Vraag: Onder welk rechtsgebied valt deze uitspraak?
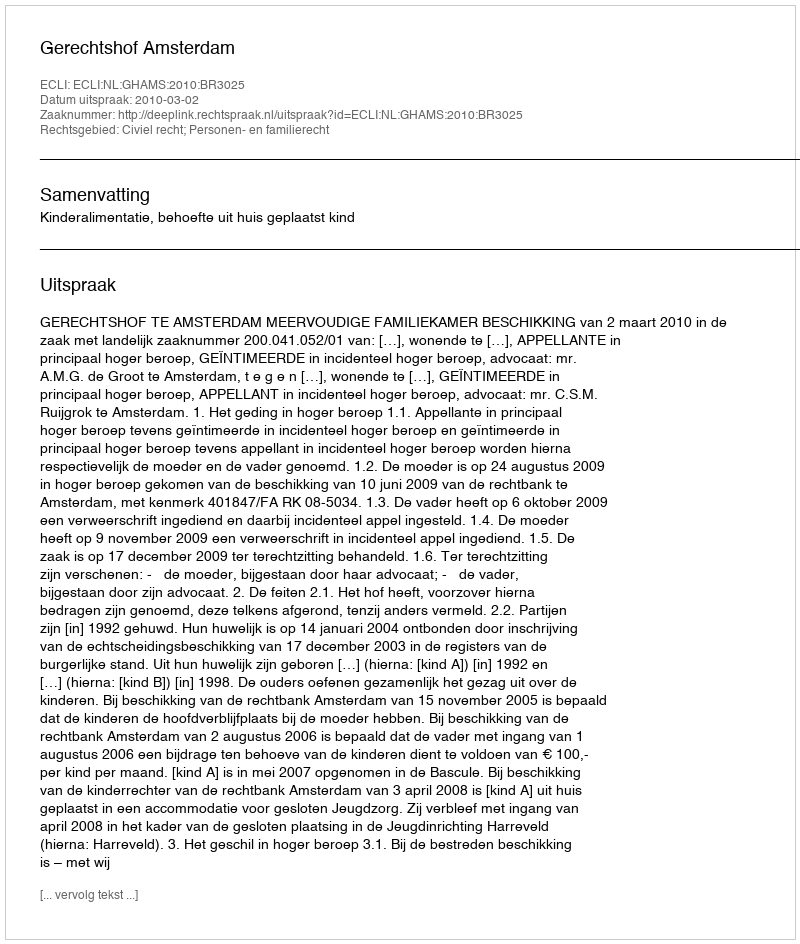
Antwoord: Civiel recht; Personen- en familierecht